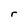
Character: r